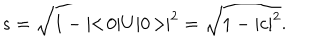
s = \sqrt { 1 - | \! \! < \! 0 | U | 0 \! > \! \! | ^ { 2 } } = \sqrt { 1 - | c | ^ { 2 } } .